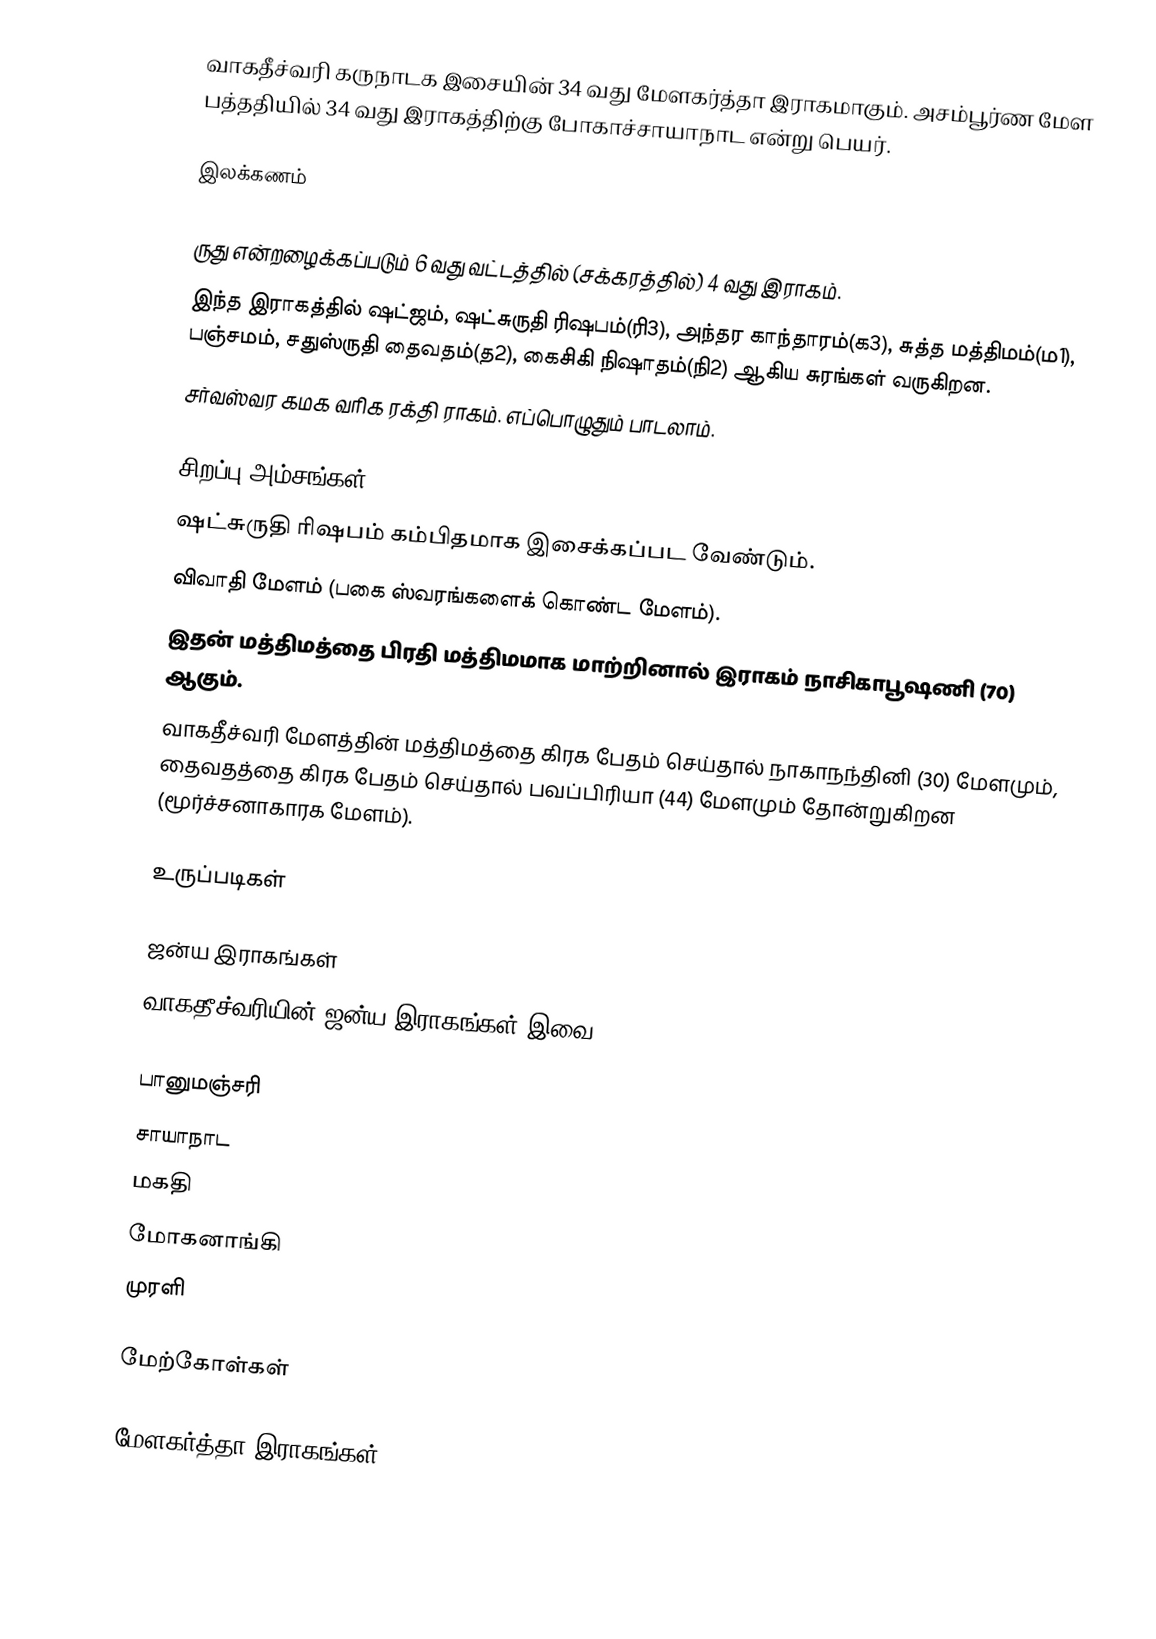
வாகதீச்வரி கருநாடக இசையின் 34 வது மேளகர்த்தா இராகமாகும். அசம்பூர்ண மேள பத்ததியில் 34 வது இராகத்திற்கு போகாச்சாயாநாட என்று பெயர்.

இலக்கணம்

 ருது என்றழைக்கப்படும் 6 வது வட்டத்தில் (சக்கரத்தில்) 4 வது இராகம்.
 இந்த இராகத்தில் ஷட்ஜம், ஷட்சுருதி ரிஷபம்(ரி3), அந்தர காந்தாரம்(க3), சுத்த மத்திமம்(ம1), பஞ்சமம், சதுஸ்ருதி தைவதம்(த2), கைசிகி நிஷாதம்(நி2) ஆகிய சுரங்கள் வருகிறன.
 சர்வஸ்வர கமக வரிக ரக்தி ராகம். எப்பொழுதும் பாடலாம்.

சிறப்பு அம்சங்கள்
 ஷட்சுருதி ரிஷபம் கம்பிதமாக இசைக்கப்பட வேண்டும்.
 விவாதி மேளம் (பகை ஸ்வரங்களைக் கொண்ட மேளம்).
 இதன் மத்திமத்தை பிரதி மத்திமமாக மாற்றினால் இராகம் நாசிகாபூஷணி (70) ஆகும்.
 வாகதீச்வரி மேளத்தின் மத்திமத்தை கிரக பேதம் செய்தால் நாகாநந்தினி (30) மேளமும், தைவதத்தை கிரக பேதம் செய்தால் பவப்பிரியா (44) மேளமும் தோன்றுகிறன (மூர்ச்சனாகாரக மேளம்).

உருப்படிகள்

ஜன்ய இராகங்கள்
வாகதீச்வரியின்  ஜன்ய இராகங்கள் இவை.

 பானுமஞ்சரி
 சாயாநாட
 மகதி
 மோகனாங்கி
 முரளி

மேற்கோள்கள்

மேளகர்த்தா இராகங்கள்